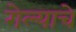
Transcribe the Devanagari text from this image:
गेल्‍याचे